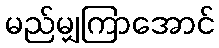
မည်မျှကြာအောင်